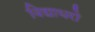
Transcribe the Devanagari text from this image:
विद्याधरो